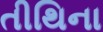
તીથિના